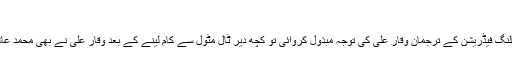
‘
ڈی ڈبلیو نے جب اس صورت حال کی طرف پاکستان سائیکلنگ فیڈریشن کے ترجمان وقار علی کی توجہ مبذول کروائی تو کچھ دیر ٹال مٹول سے کام لینے کے بعد وقار علی نے بھی محمد عاشق کی چمڑی سے زیادہ دمڑی کا رونا رونا شروع کر دیا۔